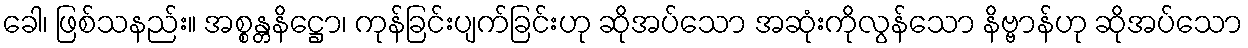
ခေါ၊ ဖြစ်သနည်း။ အစ္စန္တနိဋ္ဌော၊ ကုန်ခြင်းပျက်ခြင်းဟု ဆိုအပ်သော အဆုံးကိုလွန်သော နိဗ္ဗာန်ဟု ဆိုအပ်သော